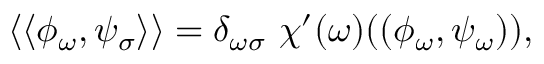
\langle \langle \phi _ { \omega } , \psi _ { \sigma } \rangle \rangle = \delta _ { \omega \sigma } ~ \chi ^ { \prime } ( \omega ) ( ( \phi _ { \omega } , \psi _ { \omega } ) ) ,